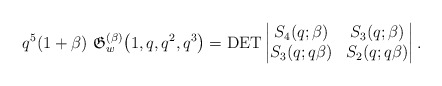
\begin{gather*} q^5 (1+\beta)~\mathfrak{G}_{w}^{(\beta)}\big(1,q,q^2,q^3\big)= \operatorname{DET} \left |\begin{matrix}S_4(q;\beta) & S_3(q;\beta) \\S_3(q; q \beta) & S_2(q; q \beta)\end{matrix} \right | .\end{gather*}